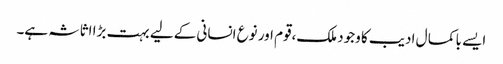
ایسے با کما ل ادیب کا وجود ملک،قوم اور نوع انسانی کے لیے بہت بڑا اثاثہ ہے۔